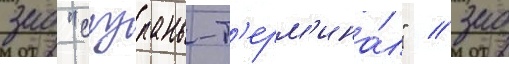
зао "сызрань-т'ерм'ина́л" / зао